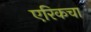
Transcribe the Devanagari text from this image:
एरिकचा